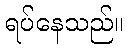
ရပ်နေသည်။